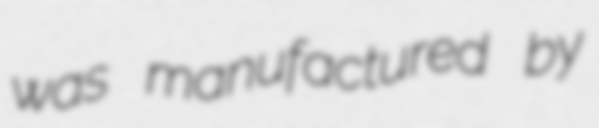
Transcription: was manufactured by